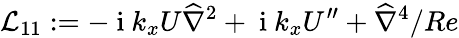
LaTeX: \mathcal{L}_{11}:=-\mathrm{~i~}k_{x}U{\widehat{\nabla}}^{2}+\mathrm{~i~}k_{x}U^{\prime\prime}+\widehat{{\nabla}}^{4}/Re